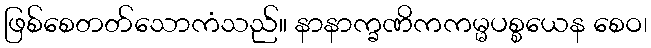
ဖြစ်စေတတ်သောကံသည်။ နာနာက္ခဏိကကမ္မပစ္စယေန စေဝ၊